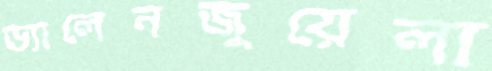
ভ্যালেনজুয়েলা